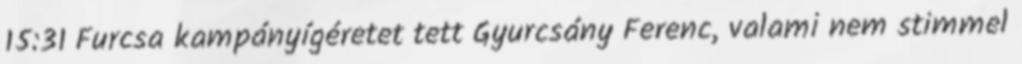
15:31 Furcsa kampányígéretet tett Gyurcsány Ferenc, valami nem stimmel